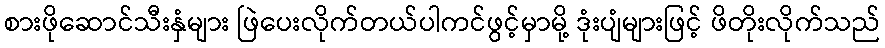
စားဖိုဆောင်သီးနှံများ ဖြဲပေးလိုက်တယ်ပါကင်ဖွင့်မှာမို့ ဒုံးပျံများဖြင့် ဖိတိုးလိုက်သည်